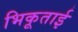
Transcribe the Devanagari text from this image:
भिकूताई